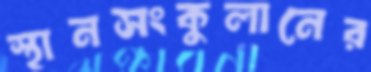
স্থানসংকুলানের